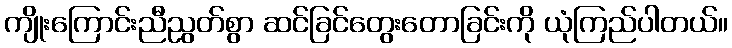
ကျိုးကြောင်းညီညွတ်စွာ ဆင်ခြင်တွေးတောခြင်းကို ယုံကြည်ပါတယ်။